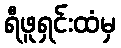
ရီဖူရှင်းထံမှ